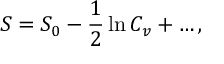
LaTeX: { \cal { S } } = { \cal { S } } _ { 0 } - \frac { 1 } { 2 } \ln C _ { v } + \ldots ,